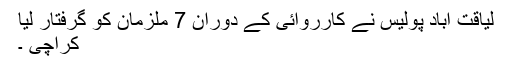
لیاقت آباد پولیس نے کارروائی کے دوران 7 ملزمان کو گرفتار لیا
کراچی ۔